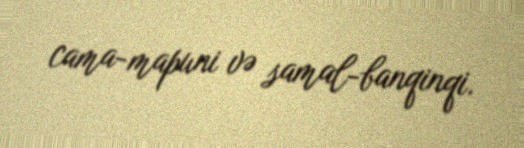
cama-mapuni və samal-banqinqi.